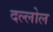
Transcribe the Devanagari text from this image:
दल्लोल